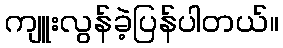
ကျူးလွန်ခဲ့ပြန်ပါတယ်။